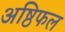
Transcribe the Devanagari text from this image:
अष्ठिफल